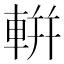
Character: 輧